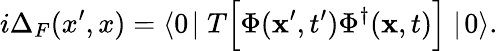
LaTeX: i\Delta_{F}(x^{\prime},x)=\langle 0\! \mid T\Big[\Phi({\mathbf x}^{\prime},t^{\prime})\Phi^{\dagger}({\mathbf x},t)\Big]\mid\! 0\rangle.